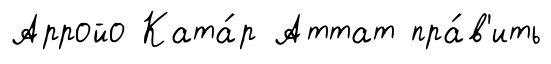
Арройо Ката́р Аттат пра́в'ить